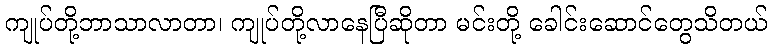
ကျုပ်တို့ဘာသာလာတာ၊ ကျုပ်တို့လာနေပြီဆိုတာ မင်းတို့ ခေါင်းဆောင်တွေသိတယ်